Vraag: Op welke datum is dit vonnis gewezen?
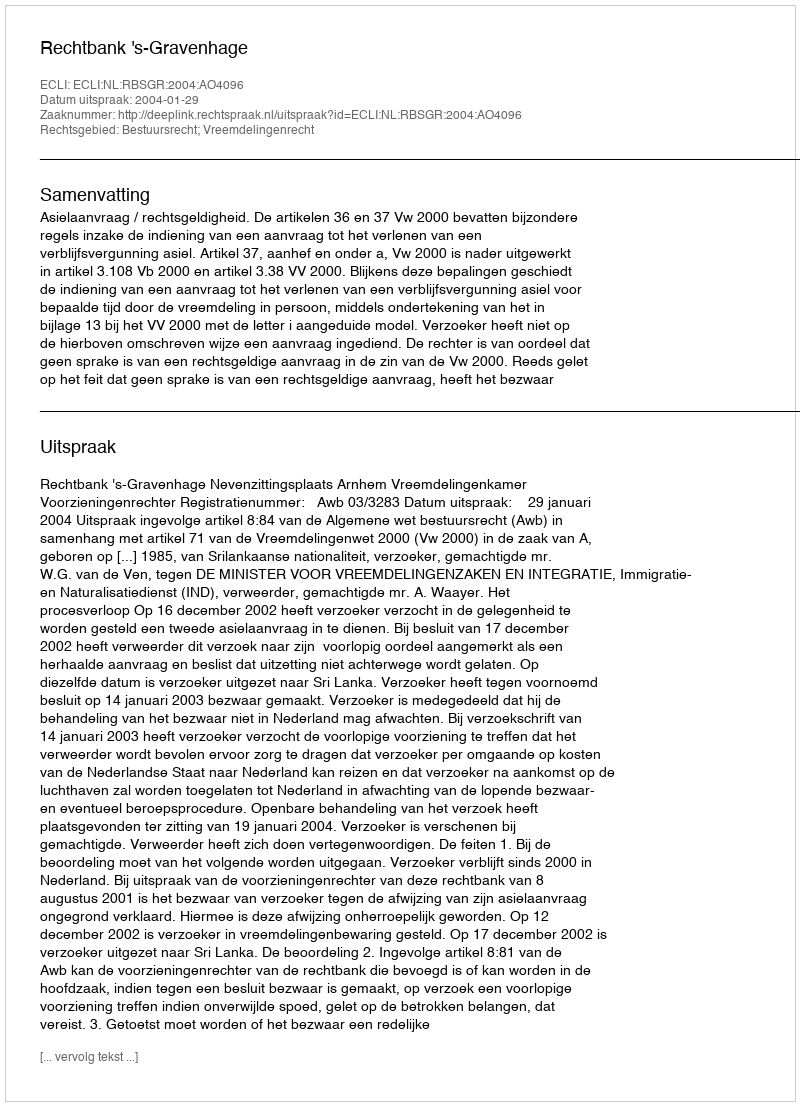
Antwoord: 2004-01-29